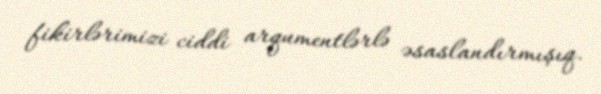
fikirlərimizi ciddi arqumentlərlə əsaslandırmışıq.